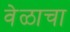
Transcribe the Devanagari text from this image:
वेळाचा